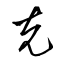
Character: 克